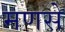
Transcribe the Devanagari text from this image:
मणसे